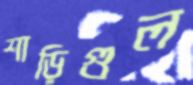
শাড়িগুল